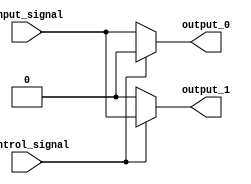
module demux_1to2 (
    input wire input_signal,
    input wire control_signal,
    output reg output_0,
    output reg output_1
);

always @(*) begin
    if (control_signal == 1'b0) begin
        output_0 = input_signal;
        output_1 = 1'b0;
    end else begin
        output_0 = 1'b0;
        output_1 = input_signal;
    end
end

endmodule